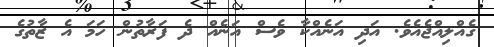
ގެއްލިއްޖެއެވެ. އަދި އަނެއްކާ ވެސް އަނެއް ދެ ފަރާތުން ހަމަ އެ ޒާތުގެ